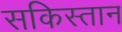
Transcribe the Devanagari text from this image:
सकिस्तान